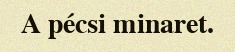
A pécsi minaret.